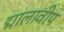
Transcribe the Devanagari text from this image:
द्मालावीप